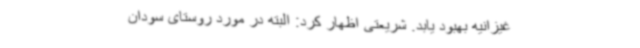
غیزانیه بهبود یابد. شریعتی اظهار کرد: البته در مورد روستای سودان